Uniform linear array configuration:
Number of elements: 8
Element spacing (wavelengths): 0.75
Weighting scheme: exponential
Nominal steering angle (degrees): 30
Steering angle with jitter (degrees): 31.806
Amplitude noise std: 0.05
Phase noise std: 0.05

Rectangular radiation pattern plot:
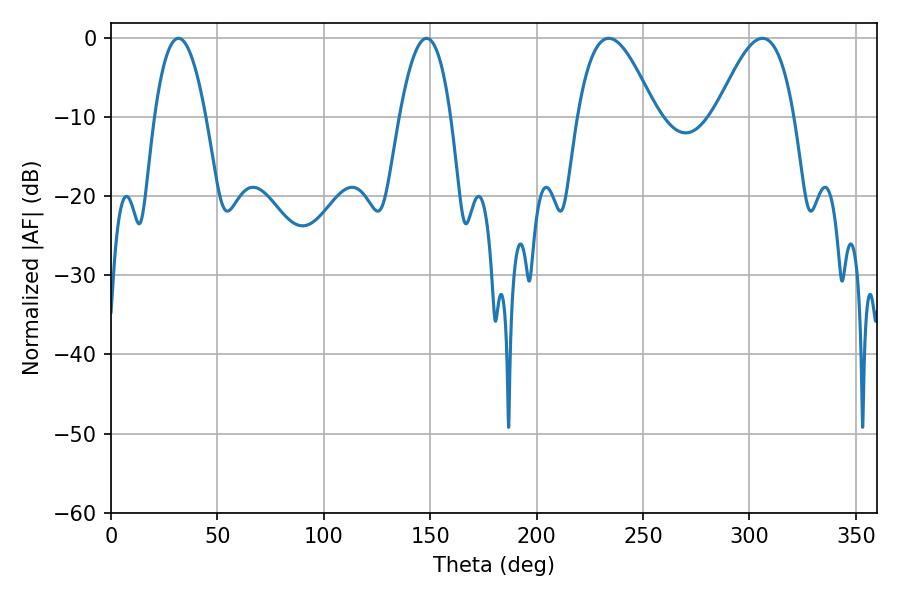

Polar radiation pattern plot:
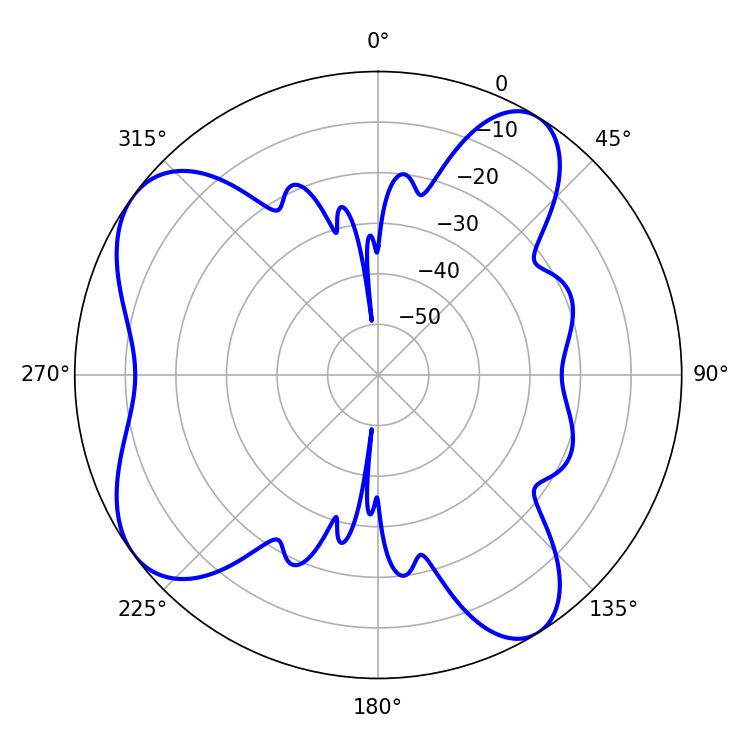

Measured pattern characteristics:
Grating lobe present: TRUE
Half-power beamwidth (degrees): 13.14
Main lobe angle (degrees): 31.68